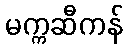
မက္ကဆီကန်